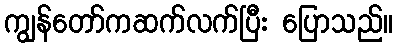
ကျွန်တော်ကဆက်လက်ပြီး ပြောသည်။